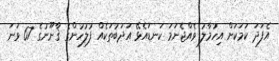
އެފަދަ ކަމަކަށް އިހުމާލު ވެއްޖެނަމަ ކަނޑައެޅޭ އަދަބުތަކެއް ފުލުހުންގެ ޤާނޫނުގެ 67 ވަނަ